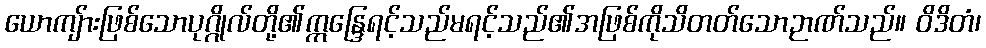
ယောကျ်ားဖြစ်သောပုဂ္ဂိုလ်တို့၏ဣန္ဒြေရင့်သည်မရင့်သည်၏အဖြစ်ကိုသိတတ်သောဉာဏ်သည်။ ဝိဒိတံ၊